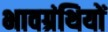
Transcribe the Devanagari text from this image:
भावग्रंथियों